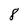
Character: 8